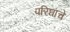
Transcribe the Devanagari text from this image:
परिघाचे